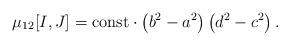
LaTeX: \begin{align*}\mu_{12} [I, J] = \mathrm{const} \cdot \left( b^2 - a^2 \right) \left( d^2 - c^2 \right) .\end{align*}